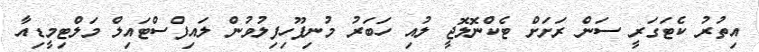
އިތުރު ކެޓަގަރީ ސަން ރަށަށް ޓެކްނޮލޮޖީ ލުއި ހަބަރު މުނިފޫހިފިލުވުން ލައިފްސްޓައިލް މަލްޓިމީޑިއާ